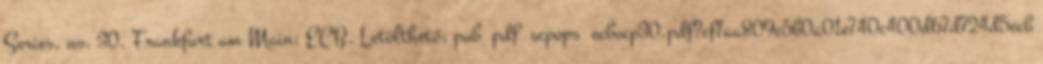
Series. no. 30. Frankfurt am Main: ECB. Letölthető: pub pdf scpops ecbocp30.pdf?cf7aa809c5b0a01e740c400d67d724d5ecb